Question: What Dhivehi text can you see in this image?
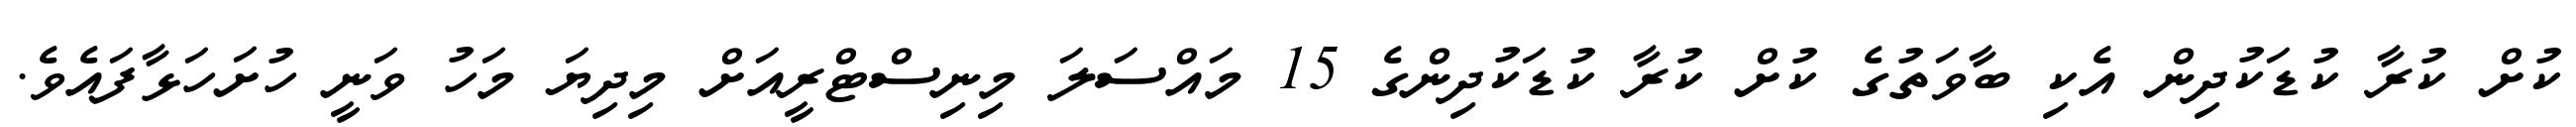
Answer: ކުށް ކުރާ ކުޑަކުދިން އެކި ބާވަތުގެ ކުށް ކުރާ ކުޑަކުދިންގެ 15 މައްސަލަ މިނިސްޓްރީއަށް މިދިޔަ މަހު ވަނީ ހުށަހަޅާފައެވެ.